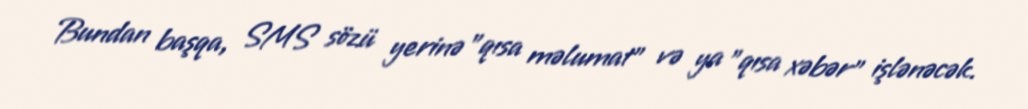
Bundan başqa, SMS sözü yerinə "qısa məlumat" və ya "qısa xəbər" işlənəcək.